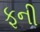
ફની